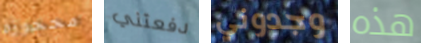
محجوزة دفعتني وجدوني هذه